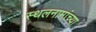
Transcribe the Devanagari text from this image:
स्थलनामांच्या